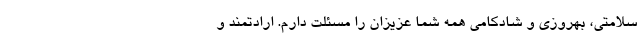
سلامتی، بهروزی و شادکامی همه شما عزیزان را مسئلت دارم. ارادتمند و